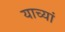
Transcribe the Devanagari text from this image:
याच्यां